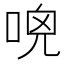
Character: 𠴺